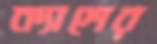
ক্যাশের